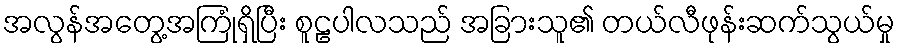
အလွန်အတွေ့အကြုံရှိပြီး စူဠပါလသည် အခြားသူ၏ တယ်လီဖုန်းဆက်သွယ်မှု